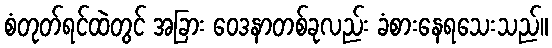
စံတုတ်ရင်ထဲတွင် အခြား ဝေဒနာတစ်ခုလည်း ခံစားနေရသေးသည်။